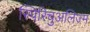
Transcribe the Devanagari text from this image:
स्पिरिचुअलिज्म